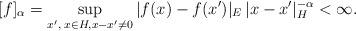
LaTeX: \begin{align*}[f]_{\alpha} = \sup_{x',\; x \in H , x-x' \not = 0} {| f(x) - f(x')|_E}\, {|x - x'|_H^{-\alpha}} < \infty. \end{align*}